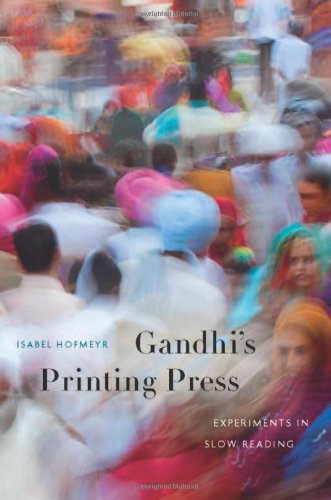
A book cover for Gandhi's Printing Press: Experiments in Slow Reading; Isabel Hofmeyr; Religion & Spirituality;